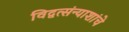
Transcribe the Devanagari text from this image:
विद्वत्संन्याशांचे